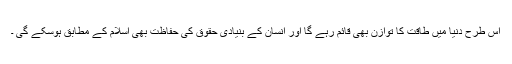
اس طرح دنیا میں طاقت کا توازن بھی قائم رہے گا اور انسان کے بنیادی حقوق کی حفاظت بھی اسلام کے مطابق ہوسکے گی ۔